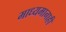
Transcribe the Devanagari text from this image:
माध्यमानाही